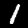
Label: 1